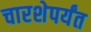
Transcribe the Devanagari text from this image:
चारशेपर्यंत